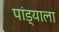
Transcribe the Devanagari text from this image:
पांड्याला